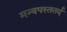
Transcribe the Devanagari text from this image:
मन्वपस्ततर्द